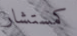
كمستشار